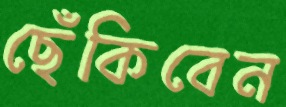
ছেঁকিবেন